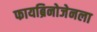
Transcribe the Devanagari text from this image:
फायब्रिनोजेनला